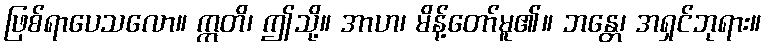
ဖြစ်ရာပေသလော။ ဣတိ၊ ဤသို့။ အာဟ၊ မိန့်တော်မူ၏။ ဘန္တေ၊ အရှင်ဘုရား။